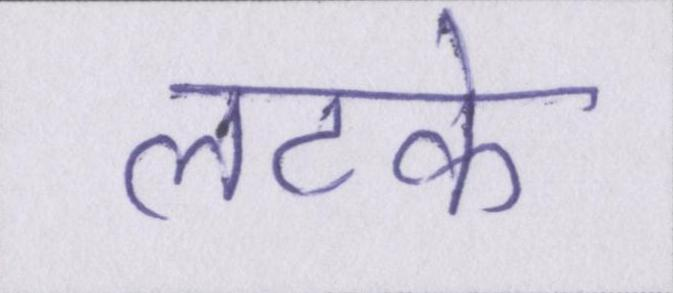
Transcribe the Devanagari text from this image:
लटके